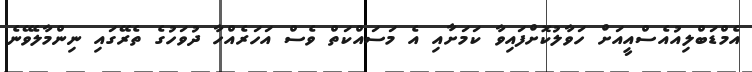
އެމްޑަބްލިއުއެސްއީއަށް ހަވާލުކޮށްފައިވާ ކަމަށާއި އެ މަސައްކަތް ވެސް އަހަރެއްހާ ދުވަހުގެ ތެރޭގައި ނިންމާލެވޭނެ